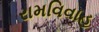
રામવિવાહ